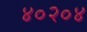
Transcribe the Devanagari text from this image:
४०२०४